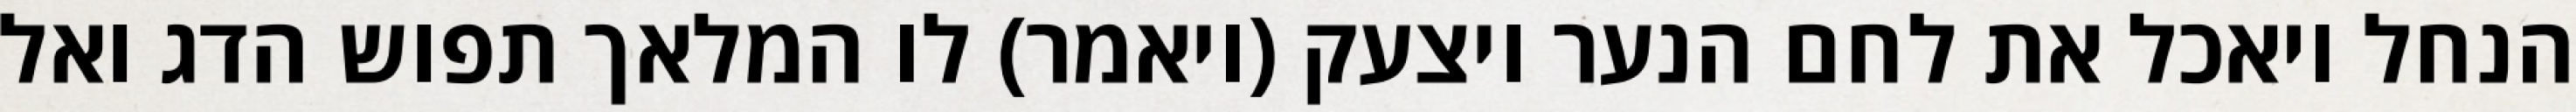
הנחל ויאכל את לחם הנער ויצעק (ויאמר) לו המלאך תפוש הדג ואל